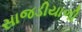
સાજડીયાળી